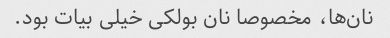
نان‌ها، مخصوصا نان بولکی خیلی بیات بود.